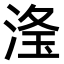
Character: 𣶳